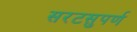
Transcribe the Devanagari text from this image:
सरटसुपर्ण